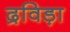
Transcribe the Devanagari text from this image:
द्रविड़ा